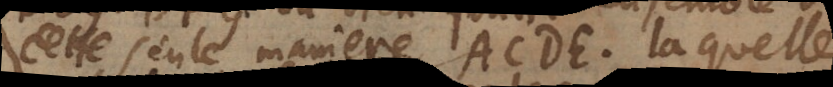
cette seule maniere ACDE, laquelle